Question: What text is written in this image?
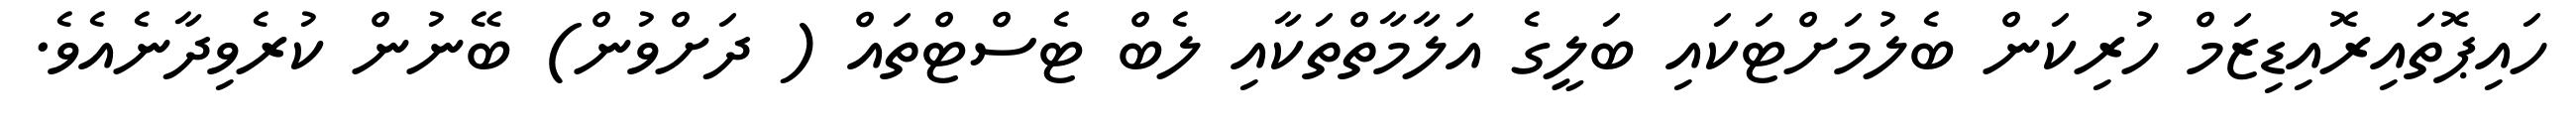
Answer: ހައިޕޮތައިރޮއިޑިޒަމް ހުރިކަން ބެލުމަށްޓަކައި ބަލީގެ އަލާމާތްތަކާއި ލެބް ޓެސްޓްތައް ( ދަށްވުން) ބޭނުން ކުރެވިދާނެއެވެ.